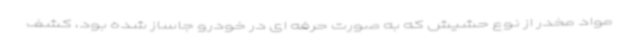
مواد مخدر از نوع حشیش که به صورت حرفه ای در خودرو جاساز شده بود، کشف